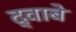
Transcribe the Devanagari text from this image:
द्वाबे